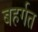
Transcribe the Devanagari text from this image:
बहर्गत